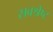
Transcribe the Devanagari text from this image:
स्रवश्रेष्ट